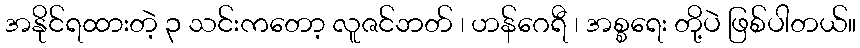
အနိုင်ရထားတဲ့ ၃ သင်းကတော့ လူဇင်ဘတ် ၊ ဟန်ဂေရီ ၊ အစ္စရေး တို့ပဲ ဖြစ်ပါတယ်။